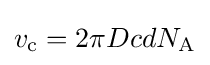
v_{\text{c}}={2\pi DcdN_{\text{A}}}